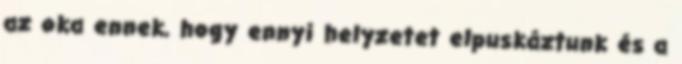
az oka ennek, hogy ennyi helyzetet elpuskáztunk és a